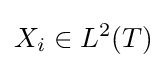
X_{i}\in L^{2}(T)